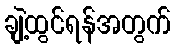
ချဲ့ထွင်ရန်အတွက်